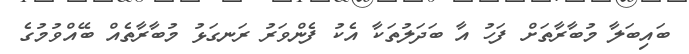
ބައިބަލާ މުބާރާތަށް ފަހު އާ ބަދަލުތަކާ އެކު ފެންވަރު ރަނގަޅު މުބާރާތެއް ބޭއްވުމުގެ